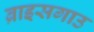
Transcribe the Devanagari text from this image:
ब्राइसगाउ